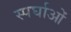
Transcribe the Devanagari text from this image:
स्पर्घाओं